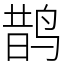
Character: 鹊